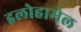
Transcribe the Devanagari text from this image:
इलोहामेल